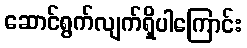
ဆောင်ရွက်လျက်ရှိပါကြောင်း